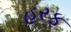
હરફ